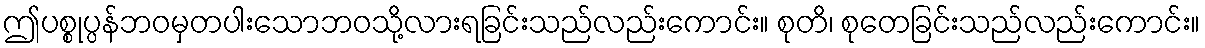
ဤပစ္စုပ္ပန်ဘဝမှတပါးသောဘဝသို့လားရခြင်းသည်လည်းကောင်း။ စုတိ၊ စုတေခြင်းသည်လည်းကောင်း။